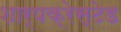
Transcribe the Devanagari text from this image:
शार्पक्रेस्टेड